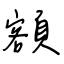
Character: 額